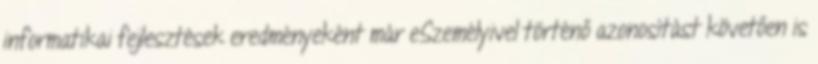
informatikai fejlesztések eredményeként már eSzemélyivel történő azonosítást követően is